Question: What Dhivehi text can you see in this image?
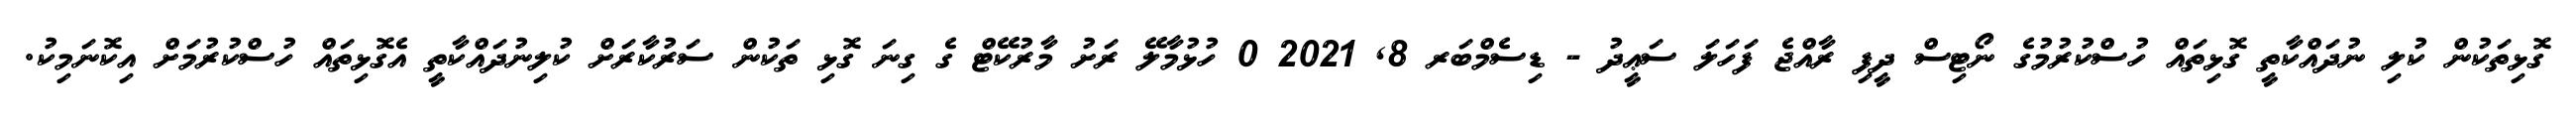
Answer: ގޮޅިތަކުން ކުލި ނުދައްކާތީ ގޮޅިތައް ހުސްކުރުމުގެ ނޯޓިސް ދީފި ރާއްޖެ ފަހަލަ ސަޢީދު - ޑިސެމްބަރ 8, 2021 0 ހުޅުމާލޭ ރަށު މާރުކޭޓް ގެ ގިނަ ގޮޅި ތަކުން ސަރުކާރަށް ކުލިނުދައްކާތީ އެގޮޅިތައް ހުސްކުރުމަށް އިކޮނަމިކު.